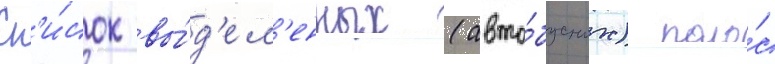
Сп'и́сок вы́д'ел'енных (авто́бусных) поло́с